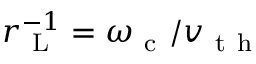
r _ { \mathrm { ~ L ~ } } ^ { - 1 } = \omega _ { \mathrm { ~ c ~ } } / v _ { \mathrm { ~ t ~ h ~ } }